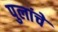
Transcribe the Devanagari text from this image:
पुलांचे